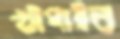
খাপাইব